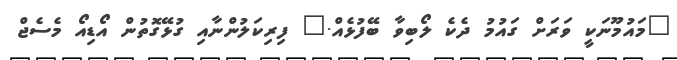
"މައުމޫނަކީ ވަރަށް ގައުމު ދެކެ ލޯބިވާ ބޭފުޅެއް." ފިރިކަލުންނާއި ގުޅޭގޮތުން އޯޑިއޯ މެސެޖް